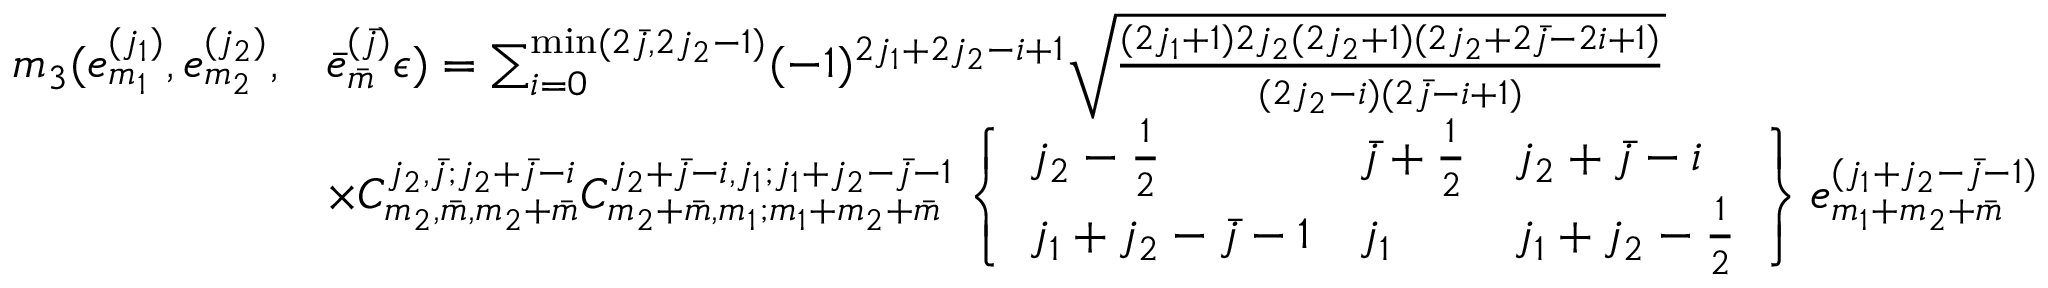
\begin{array} { r l } { m _ { 3 } ( e _ { m _ { 1 } } ^ { ( j _ { 1 } ) } , e _ { m _ { 2 } } ^ { ( j _ { 2 } ) } , } & { \bar { e } _ { \bar { m } } ^ { ( \bar { j } ) } \epsilon ) = \sum _ { i = 0 } ^ { \operatorname* { m i n } ( 2 \bar { j } , 2 j _ { 2 } - 1 ) } ( - 1 ) ^ { 2 j _ { 1 } + 2 j _ { 2 } - i + 1 } \sqrt { \frac { ( 2 j _ { 1 } + 1 ) 2 j _ { 2 } ( 2 j _ { 2 } + 1 ) ( 2 j _ { 2 } + 2 \bar { j } - 2 i + 1 ) } { ( 2 j _ { 2 } - i ) ( 2 \bar { j } - i + 1 ) } } } \\ & { \times C _ { m _ { 2 } , \bar { m } , m _ { 2 } + \bar { m } } ^ { j _ { 2 } , \bar { j } ; j _ { 2 } + \bar { j } - i } C _ { m _ { 2 } + \bar { m } , m _ { 1 } ; m _ { 1 } + m _ { 2 } + \bar { m } } ^ { j _ { 2 } + \bar { j } - i , j _ { 1 } ; j _ { 1 } + j _ { 2 } - \bar { j } - 1 } \left\{ \begin{array} { l l l } { j _ { 2 } - \frac { 1 } { 2 } } & { \bar { j } + \frac { 1 } { 2 } } & { j _ { 2 } + \bar { j } - i } \\ { j _ { 1 } + j _ { 2 } - \bar { j } - 1 } & { j _ { 1 } } & { j _ { 1 } + j _ { 2 } - \frac { 1 } { 2 } } \end{array} \right\} e _ { m _ { 1 } + m _ { 2 } + \bar { m } } ^ { ( j _ { 1 } + j _ { 2 } - \bar { j } - 1 ) } } \end{array}